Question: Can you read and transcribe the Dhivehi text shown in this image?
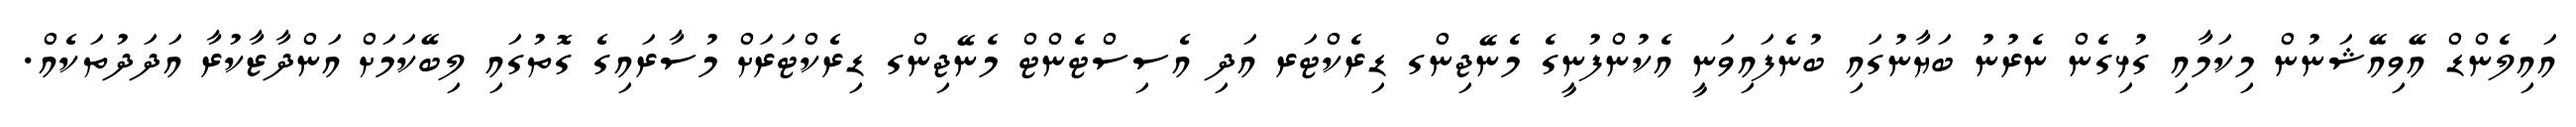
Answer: އައިލެންޑް އޭވިއޭޝަނުން މިކަމާއި ގުޅިގެން ނެރުނު ބަޔާނުގައި ބުނެފައިވަނީ އެކުންފުނީގެ މެނޭޖިންގ ޑިރެކްޓަރ އަދި އެސިސްޓެންޓް މެނޭޖިންގ ޑިރެކްޓަރަށް މުސާރައިގެ ގޮތުގައި ލިބޭކަމަށް އަންދާޒާކުރާ އަދަދުތަކެއް.